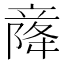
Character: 𫁫